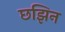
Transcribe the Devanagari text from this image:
छझिन